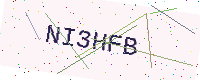
Text: NI3HFB